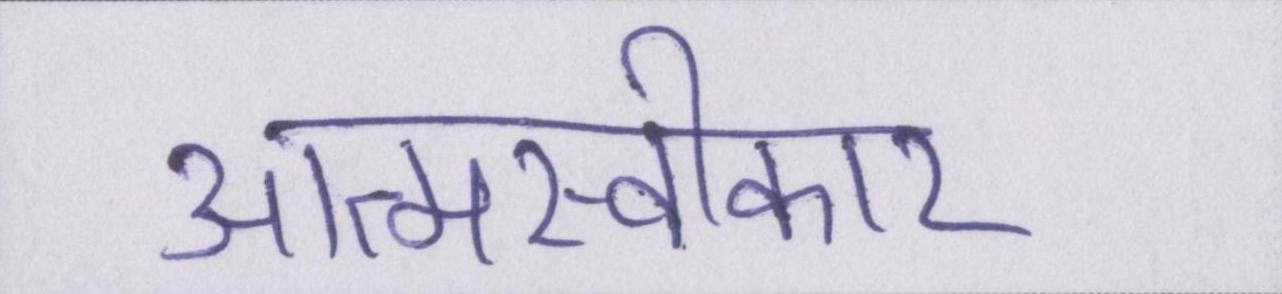
आत्मस्वीकार